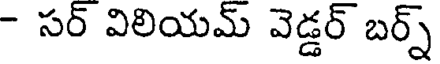
- సర్ విలియమ్ వెడ్డర్ బర్న్